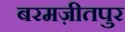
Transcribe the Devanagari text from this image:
बरमज़ीतपुर